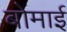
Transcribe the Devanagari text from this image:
बोमाई